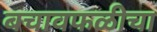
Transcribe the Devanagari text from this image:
बचावफळीचा